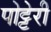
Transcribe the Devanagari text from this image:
पोट्टेरी